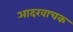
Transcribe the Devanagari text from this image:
आदरवाचक